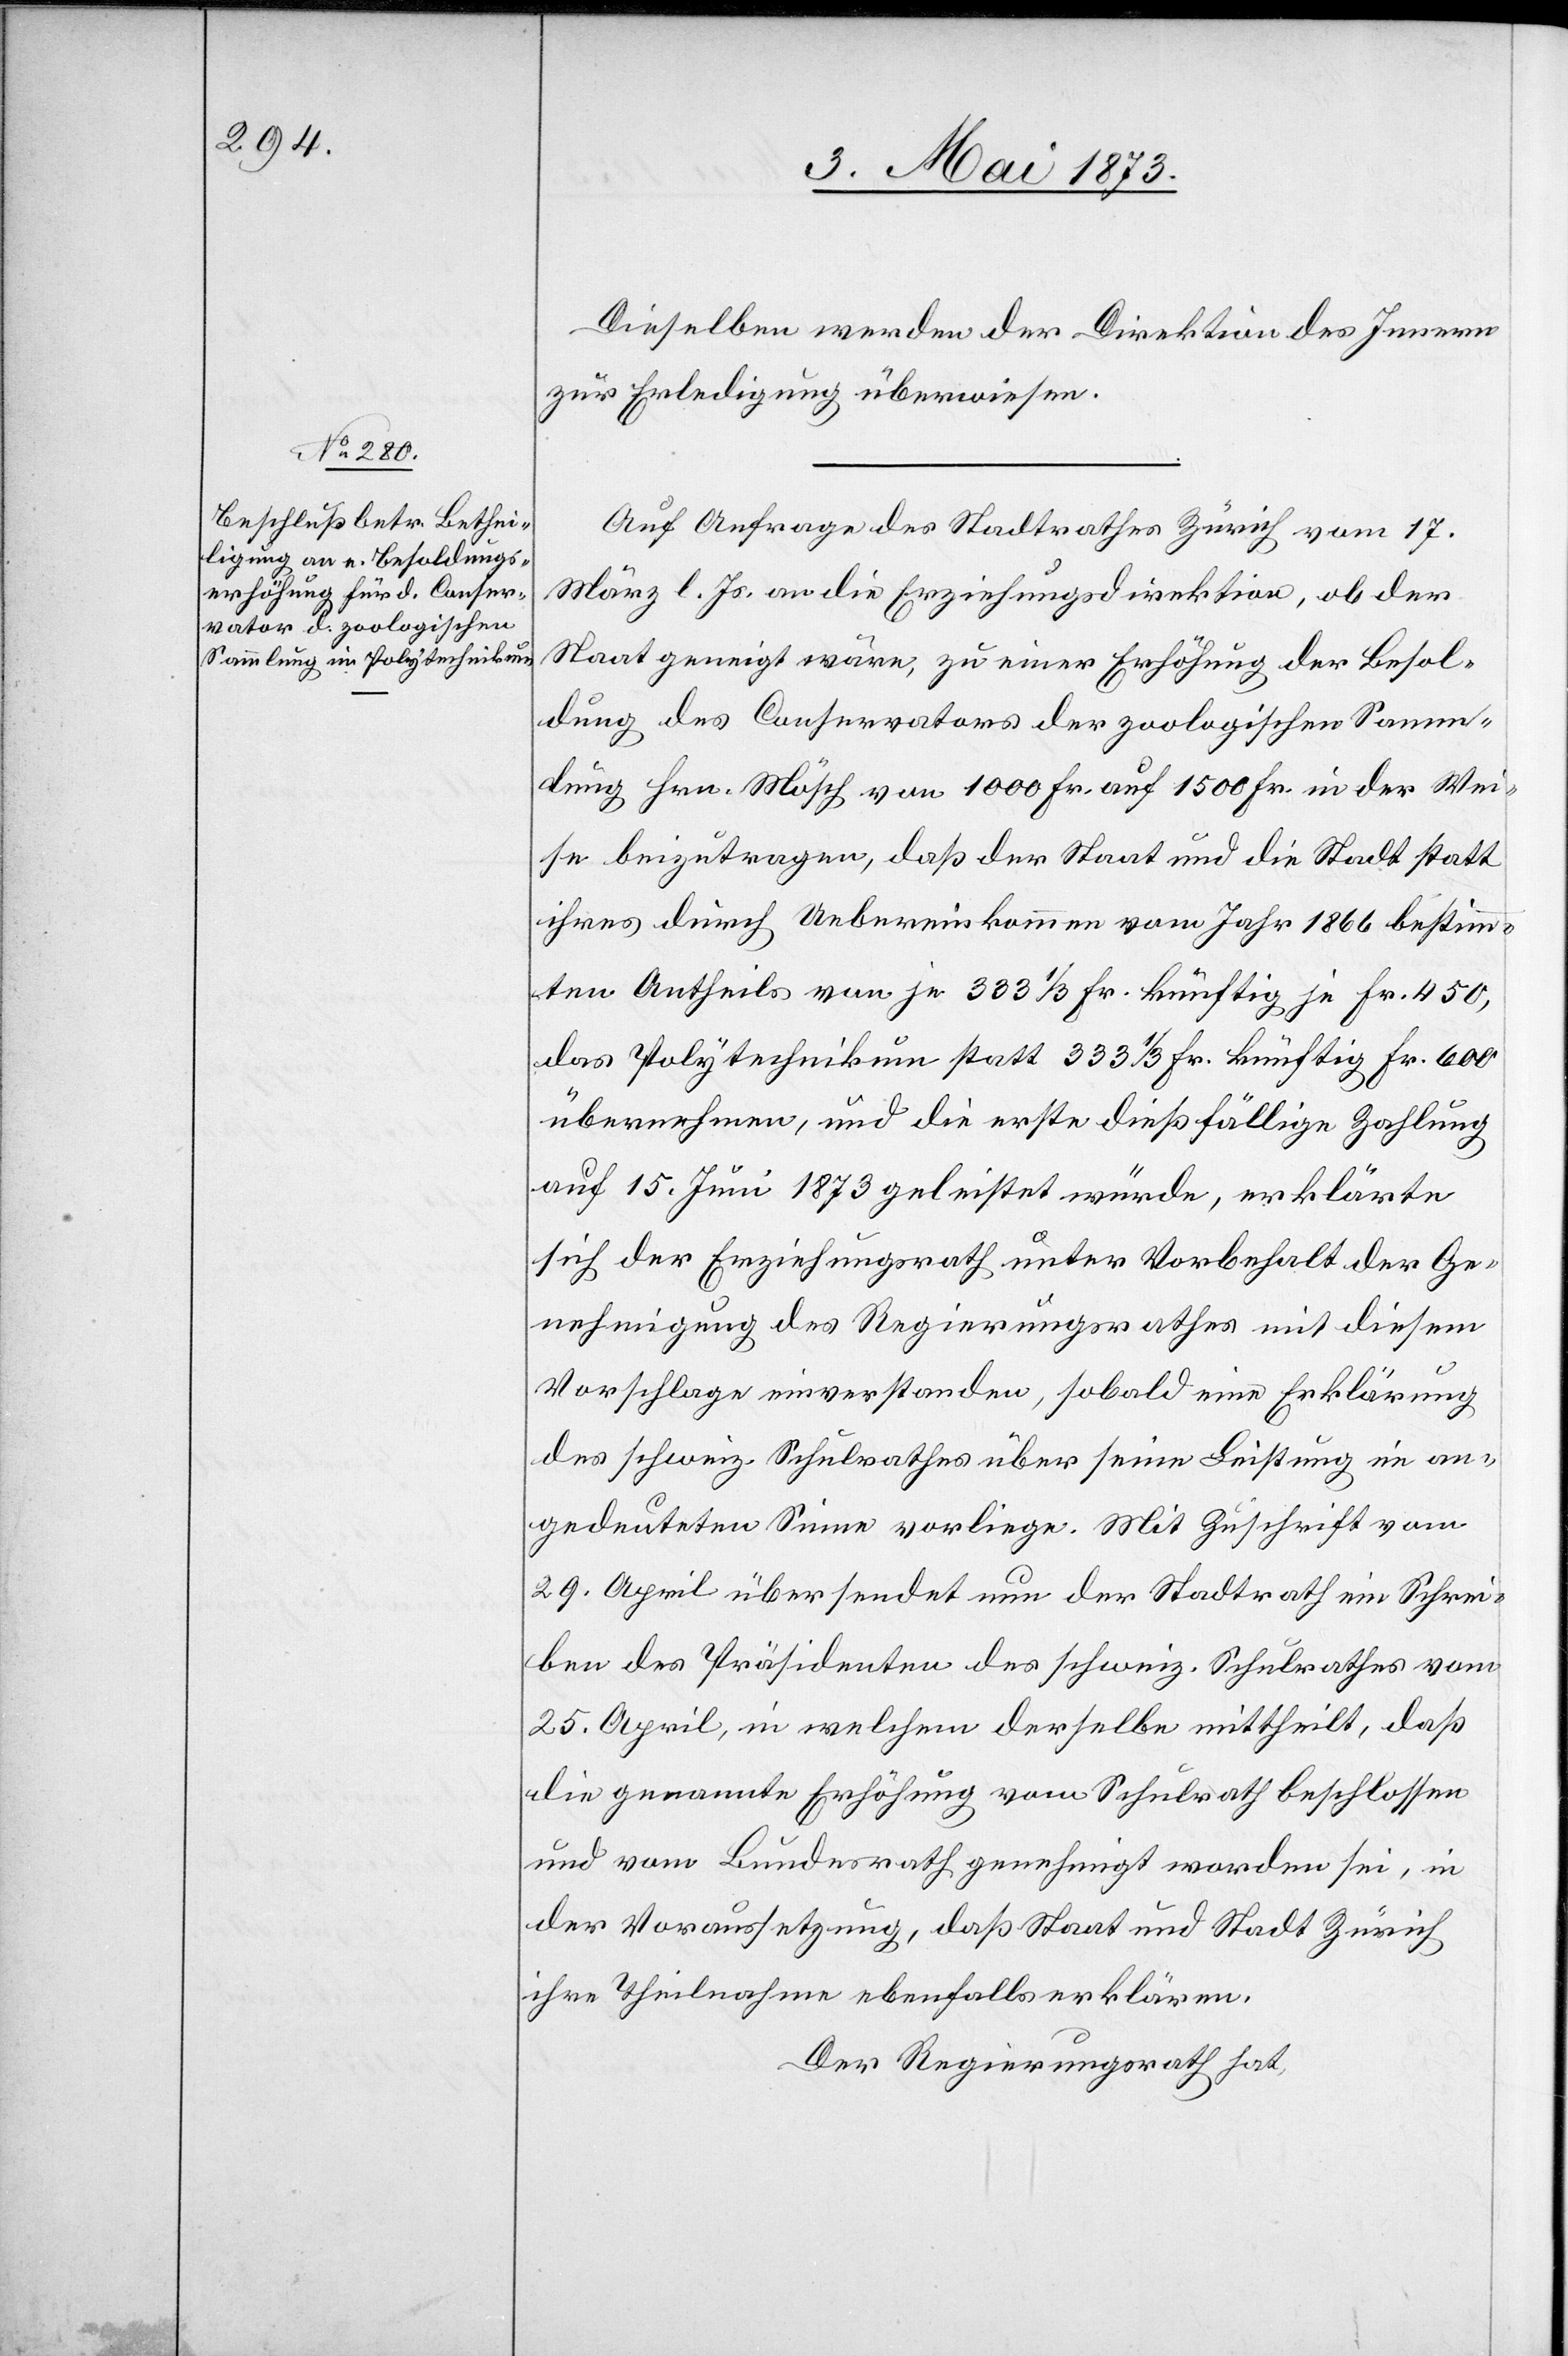
Dieselben werden der Direktion des Innern
zur Erledigung überwiesen.
Auf Anfrage des Stadtrathes Zürich vom 17.
März l. Js. an die Erziehungsdirektion, ob der
Staat geneigt wäre, zu einer Erhöhung der Besol¬
dung des Conservators der zoologischen Samm¬
lung Hrn. Mösch von 1 000 Fr. auf 1 500 Fr. in der Wei¬
se beizutragen, daß der Staat und die Stadt statt
ihres durch Uebereinkommen vom Jahr 1866 bestimm¬
ten Antheils von je 333 1/3 Fr. künftig je Fr. 450,
das Polytechnikum statt 333 1/3 Fr. künftig Fr. 600
übernehmen, und die erste dießfällige Zahlung
auf 15. Juni 1873 geleistet würde, erklärte
sich der Erziehungsrath unter Vorbehalt der Ge¬
nehmigung des Regierungsrathes mit diesem
Vorschlage einverstanden, sobald eine Erklärung
des schweiz. Schulrathes über seine Leistung im an¬
gedeuteten Sinne vorliege. Mit Zuschrift vom
29. April übersendet nun der Stadtrath ein Schrei¬
ben des Präsidenten des schweiz. Schulrathes vom
25. April, in welchem derselbe mittheilt, daß
die genannte Erhöhung vom Schulrath beschlossen
und vom Bundesrath genehmigt worden sei, in
der Voraussetzung, daß Staat und Stadt Zürich
ihre Theilnahme ebenfalls erklären.
Der Regierungsrath hat,